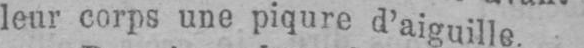
leur corps une piqure d’aiguille.